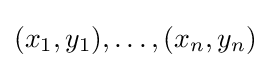
(x_{1},y_{1}),\ldots ,(x_{n},y_{n})